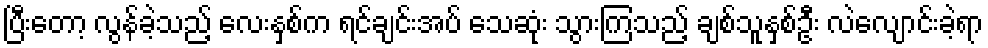
ပြီးတော့ လွန်ခဲ့သည့် လေးနှစ်က ရင်ချင်းအပ် သေဆုံး သွားကြသည့် ချစ်သူနှစ်ဦး လဲလျောင်းခဲ့ရာ